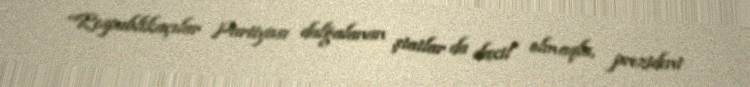
“Respublikaçılar Partiyası dalğalanan ştatlar da daxil olmaqla, prezident